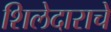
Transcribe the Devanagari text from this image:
शिलेदाराचे